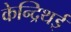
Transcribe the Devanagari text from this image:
केन्द्रिथई